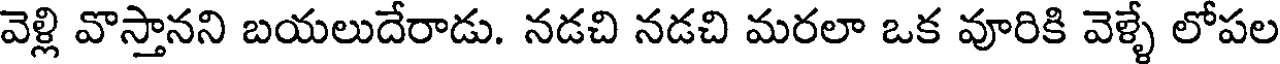
వెళ్లి వొస్తానని బయలుదేరాడు. నడచి నడచి మరలా ఒక వూరికి వెళ్ళే లోపల